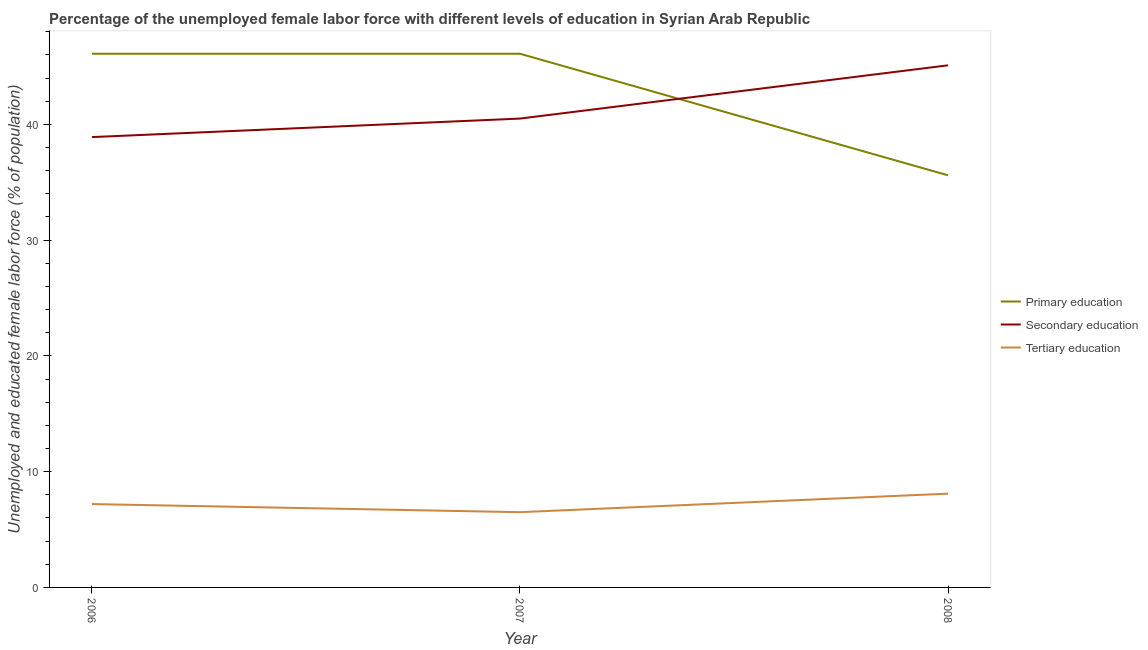
| Year | Primary education | Secondary education | Tertiary education |
 | --- | --- | --- | --- |
 | 2006 | 46.1 | 38.9 | 7.2 |
 | 2007 | 46.1 | 40.5 | 6.5 |
 | 2008 | 35.6 | 45.1 | 8.1 |